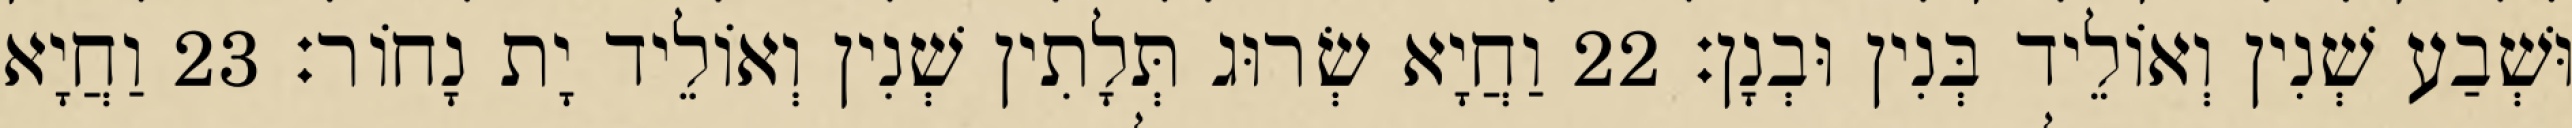
וּשְׁבַע שְׁנִין וְאוֹלֵיד בְּנִין וּבְנָן׃ 22 וַחֲיָא שְׂרוּג תְּלָתִין שְׁנִין וְאוֹלֵיד יָת נָחוֹר׃ 23 וַחֲיָא